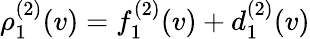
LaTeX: \rho_{1}^{(2)}(v)=f_{1}^{(2)}(v)+d_{1}^{(2)}(v)